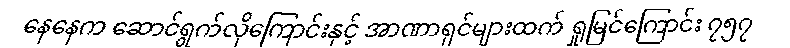
နေနေက ဆောင်ရွက်လိုကြောင်းနှင့် အာဏာရှင်များထက် ရှုမြင်ကြောင်း ၇၅၇